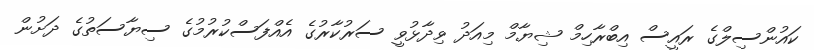
ކައުންސިލްގެ ރައީސް އިބްރާހިމް ޝިޔާމް މިއަދު ވިދާޅުވީ ސަރުކާރުގެ އެއްފަސްކުރުމުގެ ސިޔާސަތުގެ ދަށުން